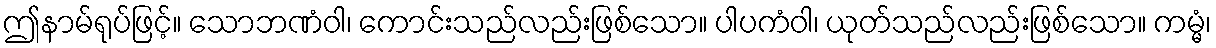
ဤနာမ်ရုပ်ဖြင့်။ သောဘဏံဝါ၊ ကောင်းသည်လည်းဖြစ်သော။ ပါပကံဝါ၊ ယုတ်သည်လည်းဖြစ်သော။ ကမ္မံ၊